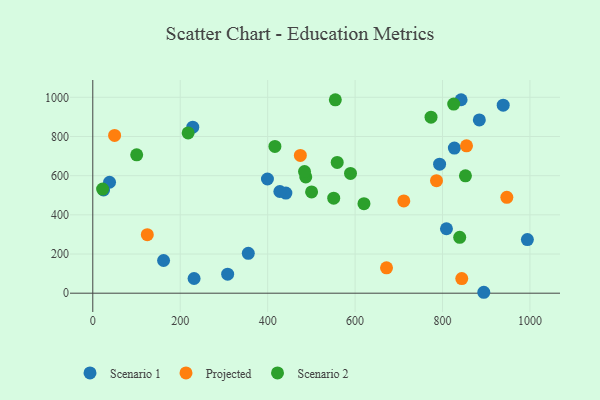
{"axis": {"x": "Price", "y": "Demand"}, "legend": ["Projected", "Scenario 1", "Scenario 2"], "data": [{"x": "809.0", "y": 328.9, "type": "Scenario 1"}, {"x": "441.7", "y": 511.2, "type": "Scenario 1"}, {"x": "884.2", "y": 884.4, "type": "Scenario 1"}, {"x": "38.3", "y": 566.3, "type": "Scenario 1"}, {"x": "231.7", "y": 75.0, "type": "Scenario 1"}, {"x": "894.4", "y": 4.7, "type": "Scenario 1"}, {"x": "24.7", "y": 527.1, "type": "Scenario 1"}, {"x": "308.5", "y": 96.9, "type": "Scenario 1"}, {"x": "399.5", "y": 582.9, "type": "Scenario 1"}, {"x": "355.7", "y": 203.3, "type": "Scenario 1"}, {"x": "793.3", "y": 658.9, "type": "Scenario 1"}, {"x": "842.5", "y": 987.7, "type": "Scenario 1"}, {"x": "938.8", "y": 960.0, "type": "Scenario 1"}, {"x": "161.9", "y": 166.9, "type": "Scenario 1"}, {"x": "427.9", "y": 519.3, "type": "Scenario 1"}, {"x": "994.1", "y": 273.7, "type": "Scenario 1"}, {"x": "827.1", "y": 740.9, "type": "Scenario 1"}, {"x": "228.7", "y": 847.6, "type": "Scenario 1"}, {"x": "844.0", "y": 74.7, "type": "Projected"}, {"x": "711.4", "y": 470.9, "type": "Projected"}, {"x": "671.9", "y": 129.6, "type": "Projected"}, {"x": "474.8", "y": 703.2, "type": "Projected"}, {"x": "124.7", "y": 298.7, "type": "Projected"}, {"x": "786.2", "y": 574.3, "type": "Projected"}, {"x": "49.9", "y": 805.6, "type": "Projected"}, {"x": "947.1", "y": 489.5, "type": "Projected"}, {"x": "854.9", "y": 752.1, "type": "Projected"}, {"x": "487.2", "y": 593.7, "type": "Scenario 2"}, {"x": "22.5", "y": 531.4, "type": "Scenario 2"}, {"x": "852.4", "y": 599.1, "type": "Scenario 2"}, {"x": "554.8", "y": 987.0, "type": "Scenario 2"}, {"x": "620.3", "y": 457.1, "type": "Scenario 2"}, {"x": "100.4", "y": 706.4, "type": "Scenario 2"}, {"x": "589.5", "y": 611.3, "type": "Scenario 2"}, {"x": "551.1", "y": 485.0, "type": "Scenario 2"}, {"x": "484.3", "y": 620.9, "type": "Scenario 2"}, {"x": "218.1", "y": 818.3, "type": "Scenario 2"}, {"x": "416.6", "y": 749.2, "type": "Scenario 2"}, {"x": "559.1", "y": 667.7, "type": "Scenario 2"}, {"x": "773.7", "y": 898.6, "type": "Scenario 2"}, {"x": "825.6", "y": 965.3, "type": "Scenario 2"}, {"x": "500.5", "y": 517.0, "type": "Scenario 2"}, {"x": "839.3", "y": 285.3, "type": "Scenario 2"}]}